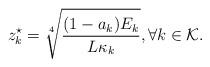
LaTeX: \begin{align*}z_k^{\star}=\sqrt[4]{\frac{(1-a_{k})E_{k}}{L\kappa_k}}, \forall k \in \mathcal{K}.\end{align*}